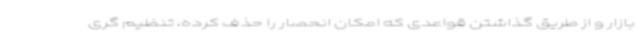
بازار و از طریق گذاشتن قواعدی که امکان انحصار را حذف کرده، تنظیم گری